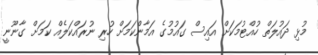
މުޅި ދައުލަތް ހުއްޓުމަކަށް އައިސް ގައުމުގެ އަމާންކަމަށް ހުރި ނުރައްކަލެއް ކަމަށް ގާނޫނީ